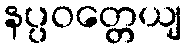
နပ္ပဝတ္တေယျ